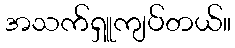
အသက်ရှူကျပ်တယ်။